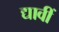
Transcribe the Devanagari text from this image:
द्यावीं